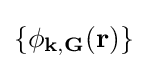
\left\lbrace \phi _{\mathbf {k} ,\mathbf {G} }(\mathbf {r} )\right\rbrace